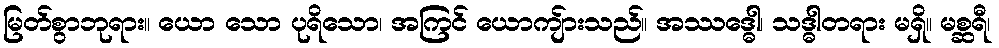
မြတ်စွာဘုရား။ ယော သော ပုရိသော၊ အကြင် ယောကျ်ားသည်။ အဿဒ္ဓေါ၊ သဒ္ဓါတရား မရှိ။ မစ္ဆရီ၊